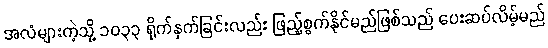
အလံများကဲ့သို့ ၁၀၃၃ ရိုက်နှက်ခြင်းလည်း ဖြည့်စွက်နိုင်မည်ဖြစ်သည် ပေးဆပ်လိမ့်မည်